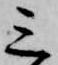
三